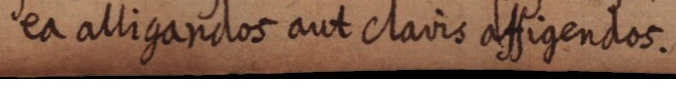
ea alligandos aut clavis affigendos.